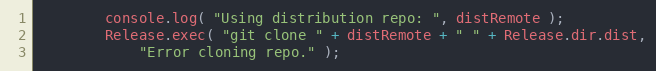
Language: JavaScript
		console.log( "Using distribution repo: ", distRemote );
		Release.exec( "git clone " + distRemote + " " + Release.dir.dist,
			"Error cloning repo." );